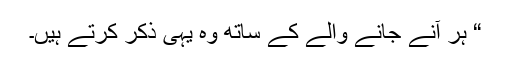
“ ہر آنے جانے والے کے ساتھ وہ یہی ذکر کرتے ہیں۔